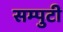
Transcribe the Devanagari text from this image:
सम्पुटी